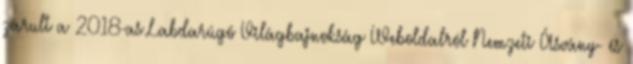
zárult a 2018-as Labdarúgó Világbajnokság Weboldalról Nemzeti Ásvány- és